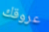
عروقك